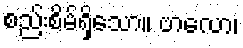
စည်းစိမ်ရှိသော။ ဗာလော၊